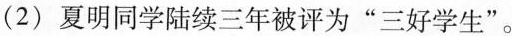
(2) 夏明同学陆续三年被评为”三好学生”。